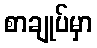
စာချုပ်မှာ